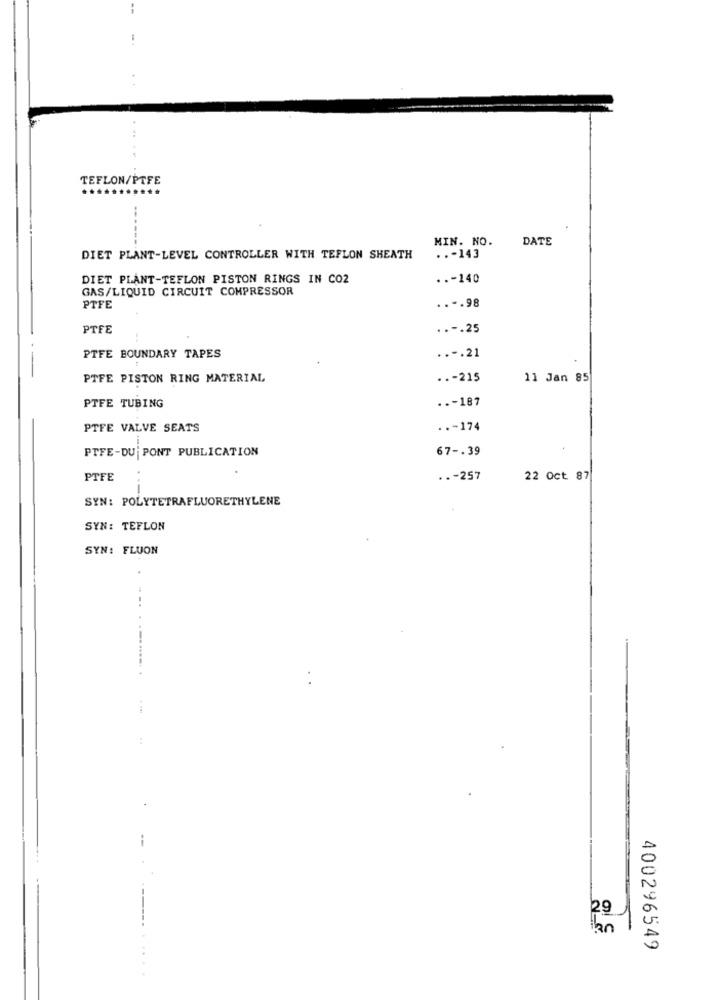
TEFLON/PTFE
--
MIN. NO.
DATE
DIET PLANT-LEVEL CONTROLLER WITH TEFLON SHEATH
..- 143
DIET PLANT-TEFLON PISTON RINGS IN CO2
..- 140
GAS/LIQUID CIRCUIT COMPRESSOR
PTFE
..-. 98
PTFE
..-. 25
PTFE BOUNDARY TAPES
..-. 21
PTFE PISTON RING MATERIAL
..- 215
11 Jan 85
..- 187
PTFE TUBING
PTFE VALVE SEATS
..- 174
PTFE-DU PONT PUBLICATION
67 -. 39
PTFE
..- 257
22 Oct 87
SYN: POLYTETRAFLUORETHYLENE
SYN: TEFLON
SYN: FLUON
400296549